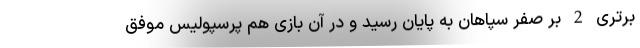
برتری 2 بر صفر سپاهان به پایان رسید و در آن بازی هم پرسپولیس موفق